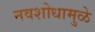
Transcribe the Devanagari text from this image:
नवशोधामुळे